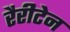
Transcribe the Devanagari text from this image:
रैरीटेन